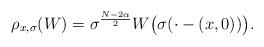
LaTeX: \begin{align*}\rho_{x,\sigma}( W) = \sigma^{\frac{N-2\alpha}2}W \bigl(\sigma(\cdot- (x,0))\bigr).\end{align*}